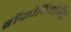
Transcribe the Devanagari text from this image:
ब्रॉकोनिमोनिया